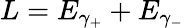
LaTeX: L=E_{\gamma_{+}}+E_{\gamma_{-}}